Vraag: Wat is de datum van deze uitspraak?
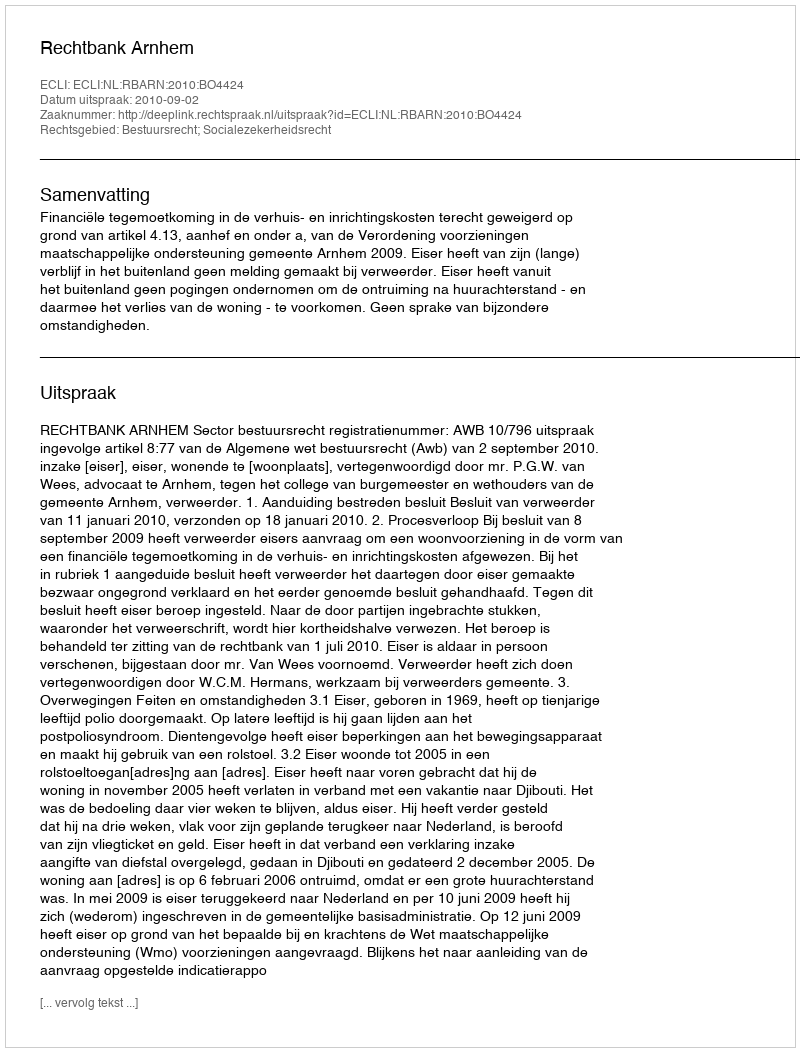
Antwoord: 2010-09-02